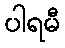
ပါရမီ